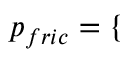
\begin{array} { r } { p _ { f r i c } = \left\{ \begin{array} { r l r l } \end{array} \right. } \end{array}